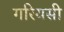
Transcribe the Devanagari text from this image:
गरियसी